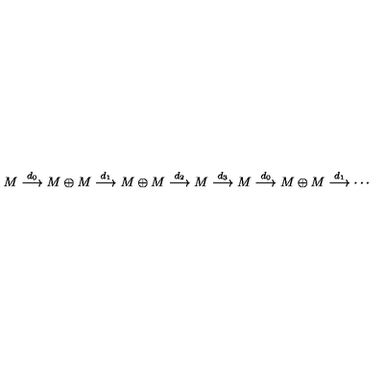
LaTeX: M \stackrel { d _ { 0 } } { \longrightarrow } M \oplus M \stackrel { d _ { 1 } } { \longrightarrow } M \oplus M \stackrel { d _ { 2 } } { \longrightarrow } M \stackrel { d _ { 3 } } { \longrightarrow } M \stackrel { d _ { 0 } } { \longrightarrow } M \oplus M \stackrel { d _ { 1 } } { \longrightarrow } \cdots